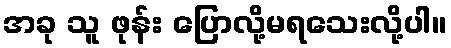
အခု သူ ဖုန်း ပြောလို့မရသေးလို့ပါ။